59_214434_SP 16 [7.18.1963]
Agency: Department of State
Incident date: 7/18/63
Page 1
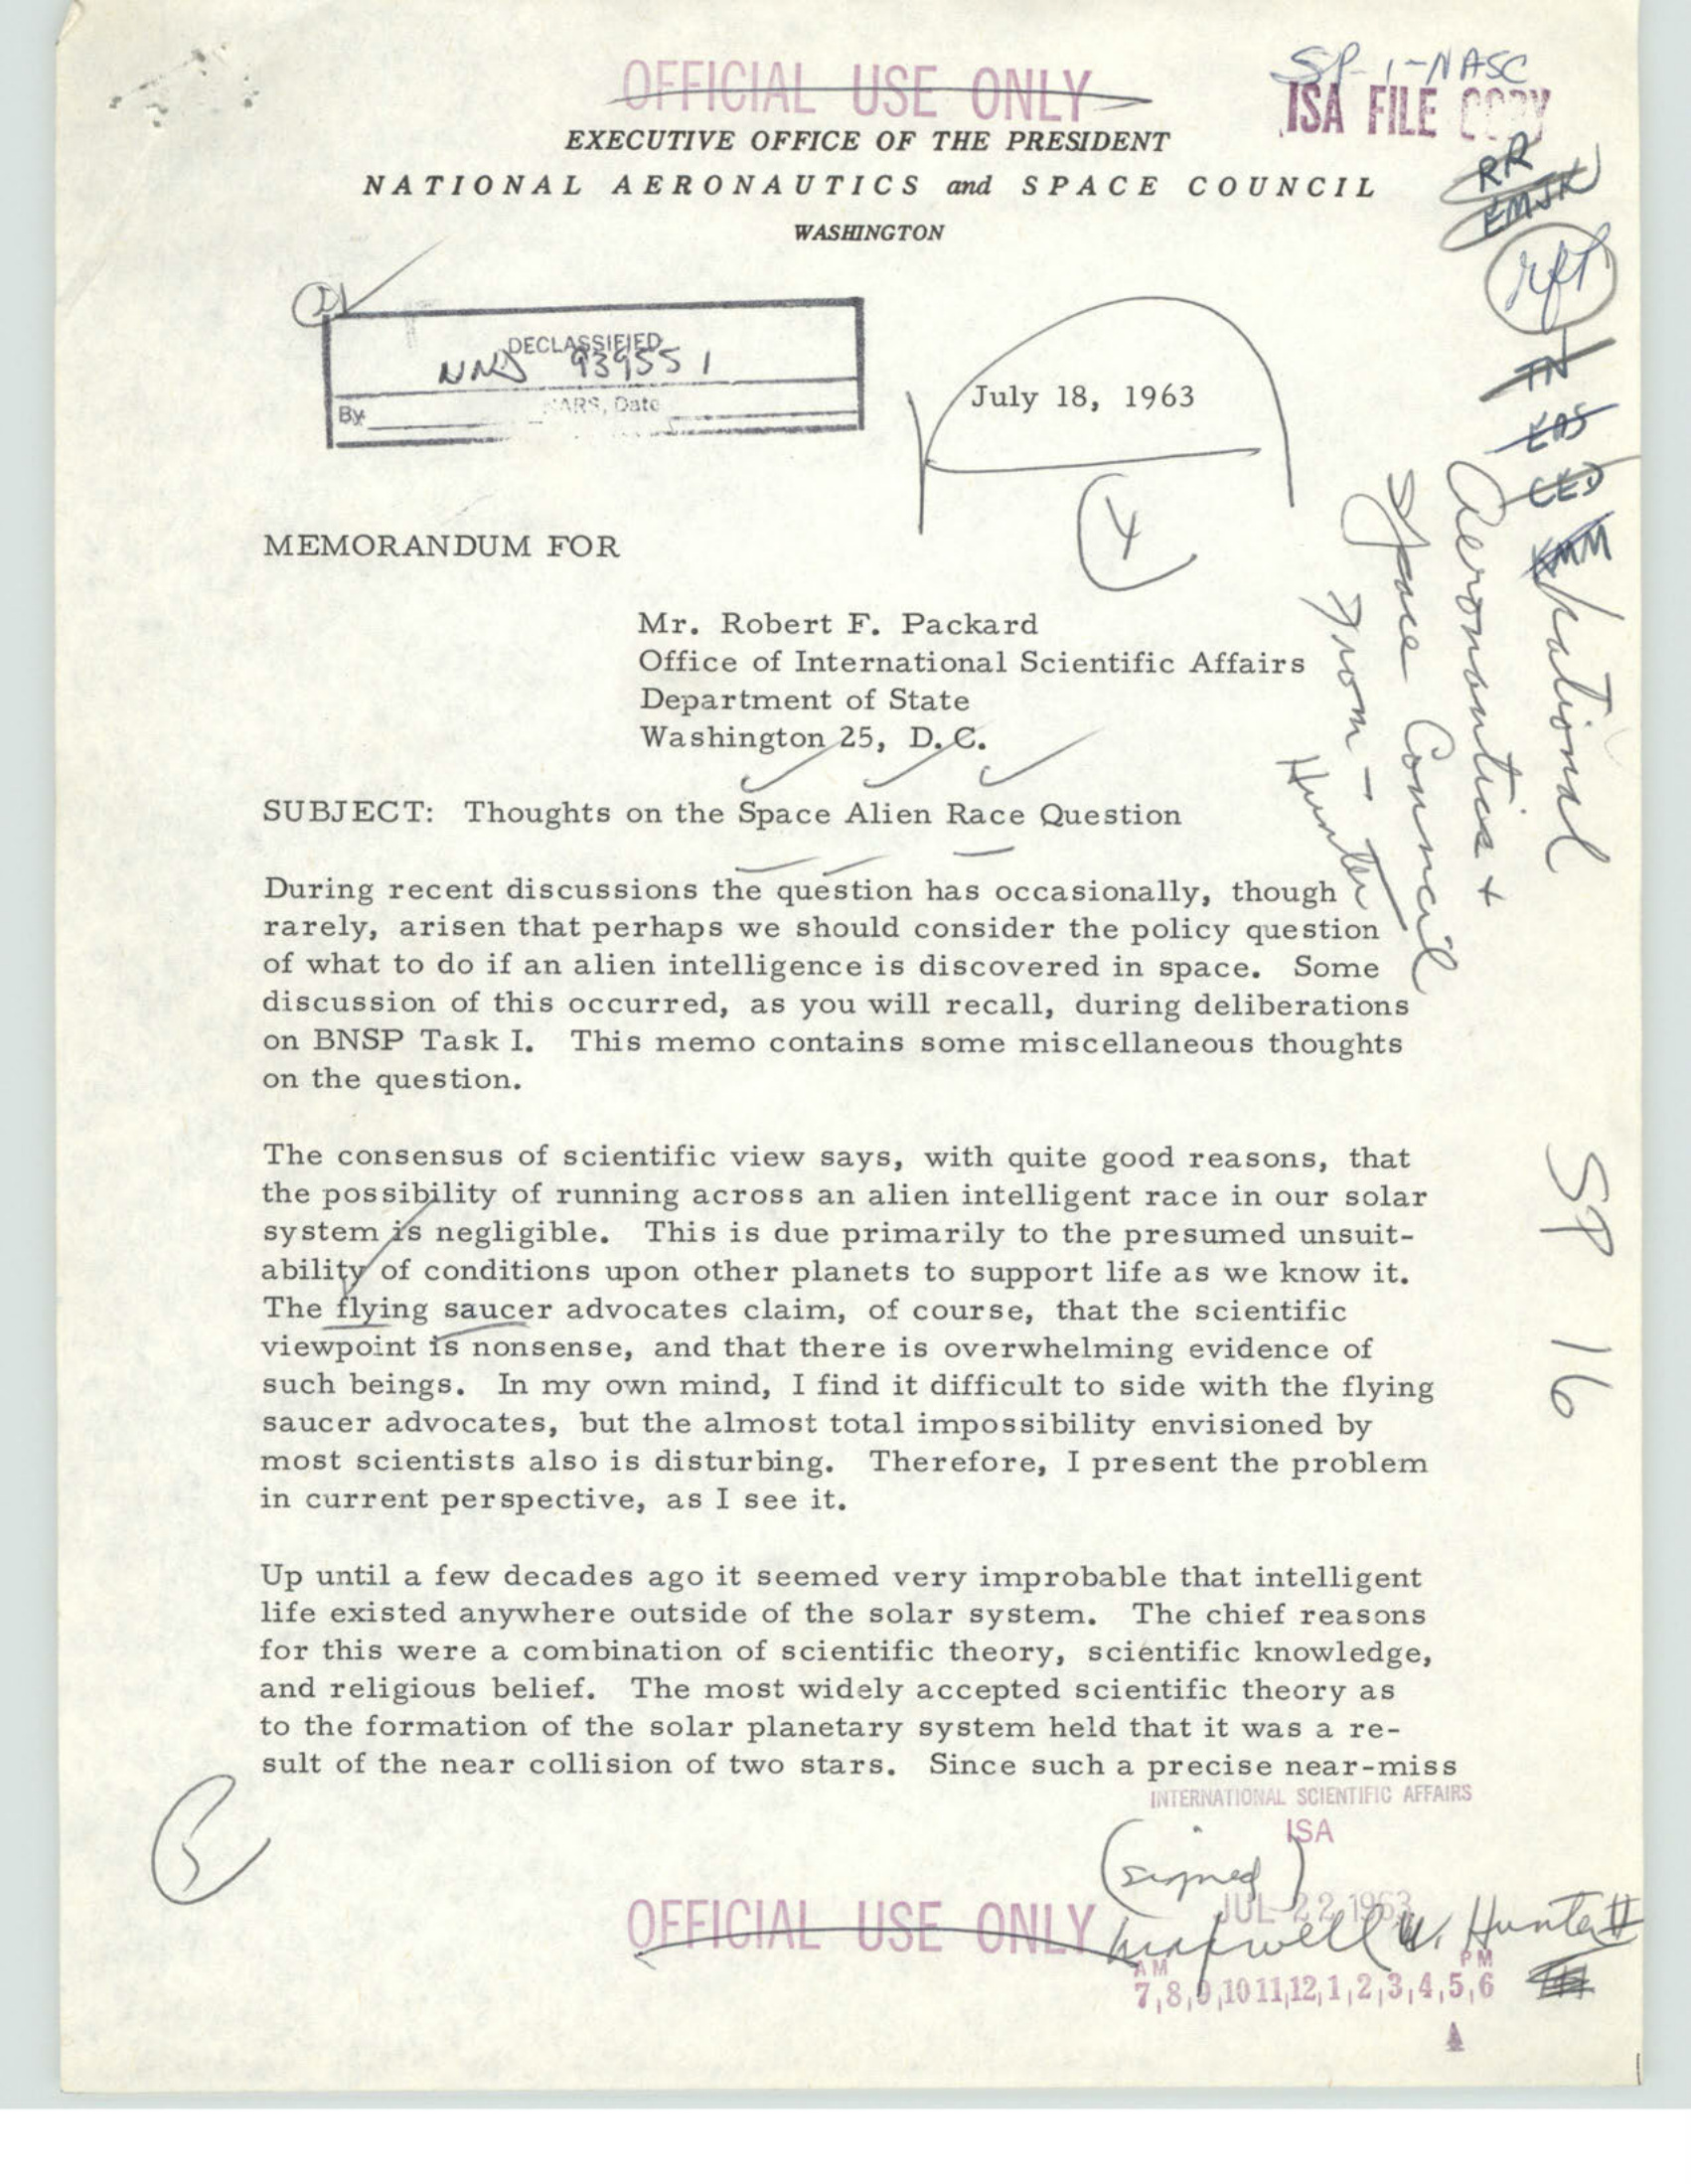